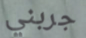
جربني